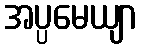
အပ္ပမေယျာ